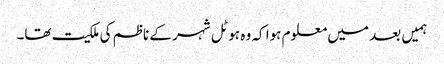
ہمیں بعد میں معلوم ہوا کہ وہ ہوٹل شہر کے ناظم کی ملکیت تھا۔